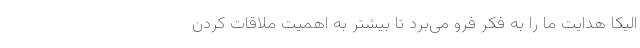
الیکا هدایت ما را به فکر فرو می‌برد تا بیشتر به اهمیتِ ملاقات کردن